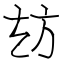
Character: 𭤪